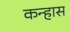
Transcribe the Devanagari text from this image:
कन्हास